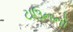
ટાઉનનો